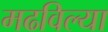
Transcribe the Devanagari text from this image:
मढविल्या